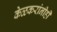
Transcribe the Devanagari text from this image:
केळकरांनीही